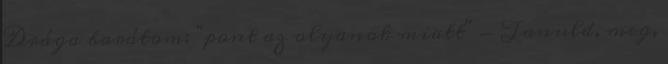
Drága barátom: "pont az olyanok miatt" - Tanuld, meg,